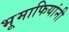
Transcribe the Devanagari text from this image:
भूमाफियांनी